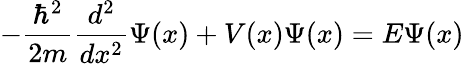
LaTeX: -{\frac{\hbar^{2}}{2m}}{\frac{d^{2}}{dx^{2}}}\Psi(x)+V(x)\Psi(x)=E\Psi(x)